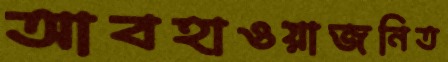
আবহাওয়াজনিত